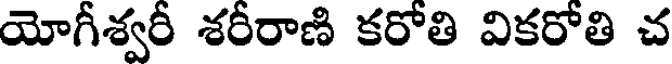
యోగీశ్వరీ శరీరాణి కరోతి వికరోతి చ